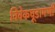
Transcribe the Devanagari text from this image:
विवेकचूडामणी